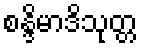
စန္ဒိမာဒိသုတ္တ